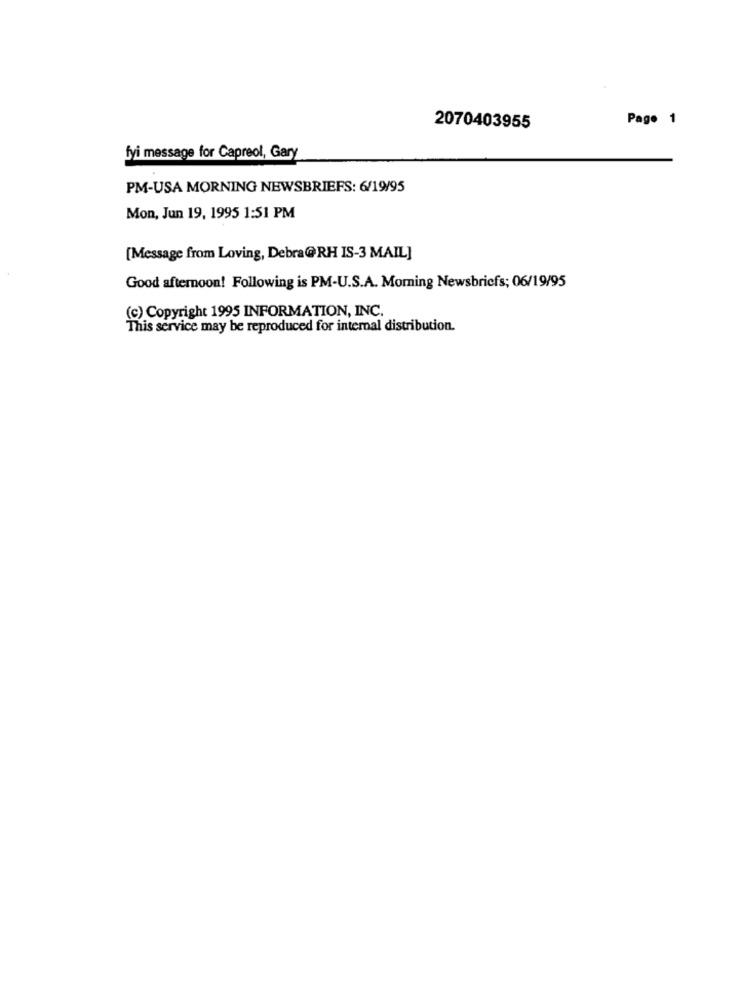
Page 1
2070403955
fyi message for Capreol, Gary
PM-USA MORNING NEWSBRIEFS: 6/19/95
Mon, Jun 19, 1995 1:51 PM
[Message from Loving, Debra@RH IS-3 MAIL]
Good afternoon! Following is PM-U.S.A. Morning Newsbricfs; 06/19/95
(c) Copyright 1995 INFORMATION, INC.
This service may be reproduced for internal distribution.